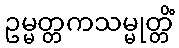
ဥမ္မတ္တကသမ္မုတ္တိံ